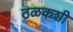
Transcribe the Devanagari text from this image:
ठळकशी